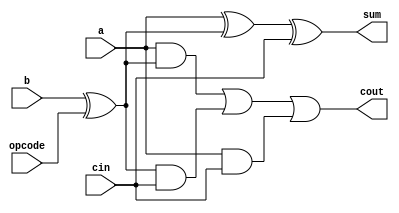
module one_bit(a,b,cin,opcode,sum,cout);
input a,b,cin,opcode;
output sum,cout;
wire sum,cout;


assign sum=a^(b^opcode)^cin;
assign cout=(a&(b^opcode)) | ((b^opcode)&cin) | (a&cin);

endmodule